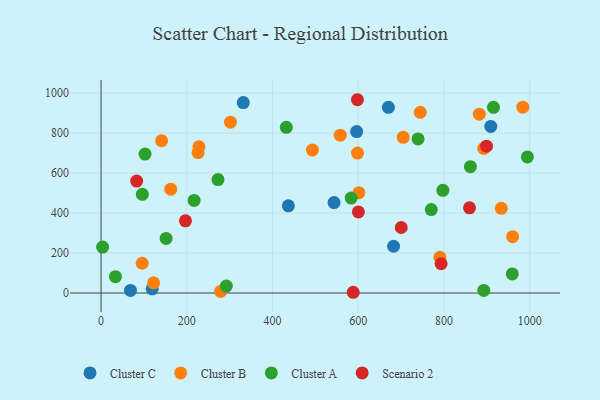
{"axis": {"x": "Speed", "y": "Salary"}, "legend": ["Cluster A", "Cluster B", "Cluster C", "Scenario 2"], "data": [{"x": "119.4", "y": 21.0, "type": "Cluster C"}, {"x": "909.1", "y": 833.6, "type": "Cluster C"}, {"x": "331.8", "y": 952.7, "type": "Cluster C"}, {"x": "670.4", "y": 929.1, "type": "Cluster C"}, {"x": "68.7", "y": 13.0, "type": "Cluster C"}, {"x": "596.3", "y": 807.7, "type": "Cluster C"}, {"x": "436.9", "y": 436.4, "type": "Cluster C"}, {"x": "543.5", "y": 452.6, "type": "Cluster C"}, {"x": "682.4", "y": 234.1, "type": "Cluster C"}, {"x": "892.7", "y": 723.2, "type": "Cluster B"}, {"x": "279.0", "y": 8.3, "type": "Cluster B"}, {"x": "882.3", "y": 894.5, "type": "Cluster B"}, {"x": "122.6", "y": 51.2, "type": "Cluster B"}, {"x": "301.9", "y": 854.8, "type": "Cluster B"}, {"x": "601.5", "y": 502.0, "type": "Cluster B"}, {"x": "228.4", "y": 731.3, "type": "Cluster B"}, {"x": "704.8", "y": 778.7, "type": "Cluster B"}, {"x": "790.4", "y": 179.0, "type": "Cluster B"}, {"x": "95.9", "y": 148.9, "type": "Cluster B"}, {"x": "933.7", "y": 423.5, "type": "Cluster B"}, {"x": "960.0", "y": 281.7, "type": "Cluster B"}, {"x": "598.3", "y": 700.2, "type": "Cluster B"}, {"x": "141.3", "y": 762.0, "type": "Cluster B"}, {"x": "162.6", "y": 519.7, "type": "Cluster B"}, {"x": "493.1", "y": 715.0, "type": "Cluster B"}, {"x": "983.8", "y": 929.7, "type": "Cluster B"}, {"x": "226.3", "y": 702.7, "type": "Cluster B"}, {"x": "558.0", "y": 789.4, "type": "Cluster B"}, {"x": "744.6", "y": 903.8, "type": "Cluster B"}, {"x": "151.8", "y": 273.2, "type": "Cluster A"}, {"x": "892.9", "y": 12.9, "type": "Cluster A"}, {"x": "739.5", "y": 770.8, "type": "Cluster A"}, {"x": "797.4", "y": 513.9, "type": "Cluster A"}, {"x": "770.3", "y": 417.3, "type": "Cluster A"}, {"x": "96.3", "y": 493.9, "type": "Cluster A"}, {"x": "959.3", "y": 95.7, "type": "Cluster A"}, {"x": "915.4", "y": 928.7, "type": "Cluster A"}, {"x": "583.6", "y": 475.1, "type": "Cluster A"}, {"x": "3.7", "y": 230.1, "type": "Cluster A"}, {"x": "861.6", "y": 631.9, "type": "Cluster A"}, {"x": "432.2", "y": 828.8, "type": "Cluster A"}, {"x": "102.7", "y": 695.1, "type": "Cluster A"}, {"x": "33.6", "y": 81.9, "type": "Cluster A"}, {"x": "994.5", "y": 680.7, "type": "Cluster A"}, {"x": "292.2", "y": 34.7, "type": "Cluster A"}, {"x": "272.8", "y": 567.4, "type": "Cluster A"}, {"x": "217.1", "y": 463.1, "type": "Cluster A"}, {"x": "899.2", "y": 734.8, "type": "Scenario 2"}, {"x": "859.6", "y": 426.3, "type": "Scenario 2"}, {"x": "83.1", "y": 559.9, "type": "Scenario 2"}, {"x": "598.1", "y": 966.9, "type": "Scenario 2"}, {"x": "588.2", "y": 3.8, "type": "Scenario 2"}, {"x": "196.9", "y": 361.2, "type": "Scenario 2"}, {"x": "600.3", "y": 405.6, "type": "Scenario 2"}, {"x": "793.3", "y": 146.5, "type": "Scenario 2"}, {"x": "700.2", "y": 327.8, "type": "Scenario 2"}]}